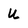
Character: U